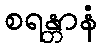
စရန္တာနံ